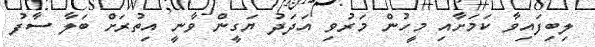
ލިބިފައިވާ ކަމަށާއި މީހުން މަރުވި އަދަދު ޔަގީން ވާނީ އިތުރަށް ބަލާ ސާފު